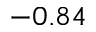
- 0 . 8 4